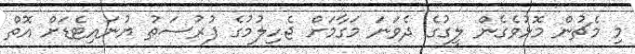
މި މެޗުން މޮޅުވެގެން ލީގުގެ ދެވަނަ މަގާމަށް ޖެހިލުމުގެ ފުރުސަތު ޔުނައިޓެޑަށް އޮތް